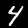
Digit: 4